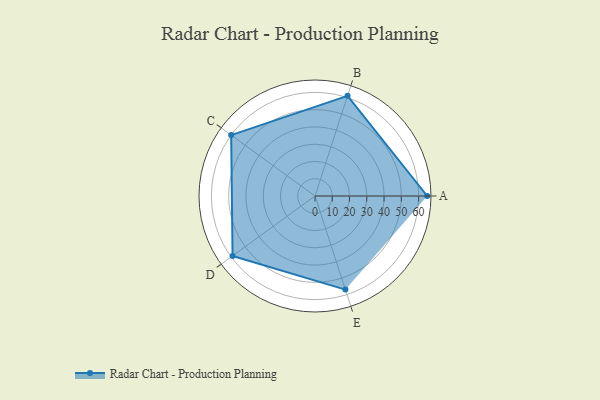
{"axis": {"x": "Skill", "y": "Score"}, "legend": ["Profile"], "data": [{"x": "A", "y": 65.0, "type": "Profile"}, {"x": "B", "y": 61.0, "type": "Profile"}, {"x": "C", "y": 60.0, "type": "Profile"}, {"x": "D", "y": 59.0, "type": "Profile"}, {"x": "E", "y": 57.0, "type": "Profile"}]}